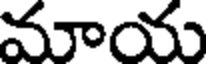
మాయ